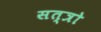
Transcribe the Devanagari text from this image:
सत्त्रो